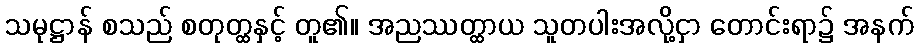
သမုဋ္ဌာန် စသည် စတုတ္ထနှင့် တူ၏။ အညဿတ္ထာယ သူတပါးအလို့ငှာ တောင်းရာ၌ အနက်